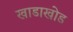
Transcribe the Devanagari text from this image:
खाडाखोड